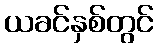
ယခင်နှစ်တွင်